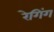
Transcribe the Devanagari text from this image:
रेगिंग